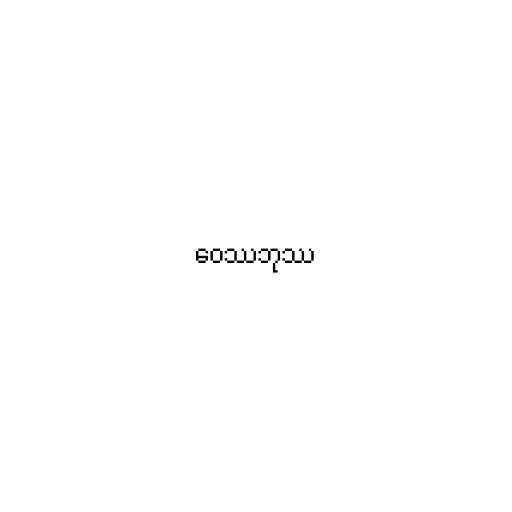
ဝေဿဘုဿ